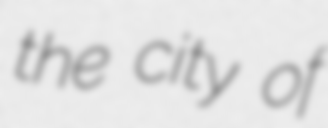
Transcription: the city of